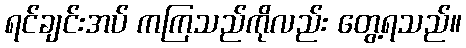
ရင်ချင်းအပ် ကကြသည်ကိုလည်း တွေ့ရသည်။